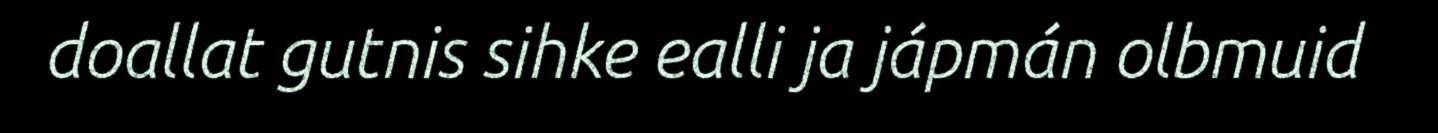
doallat gutnis sihke ealli ja jápmán olbmuid